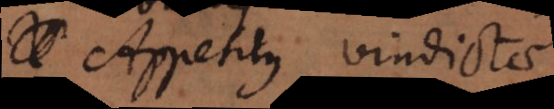
Appetitus vindictae